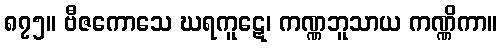
၈၇၅။ ဗီဇကောသေ ဃရကူဋေ၊ ကဏ္ဏဘူသာယ ကဏ္ဏိကာ။